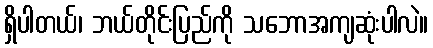
ရှိပါတယ်၊ ဘယ်တိုင်းပြည်ကို သဘောအကျဆုံးပါလဲ။